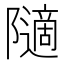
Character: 𱀿